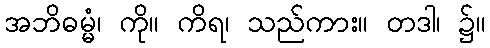
အဘိဓမ္မံ၊ ကို။ ကိရ၊ သည်ကား။ တဒါ၊ ၌။